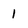
Character: 1